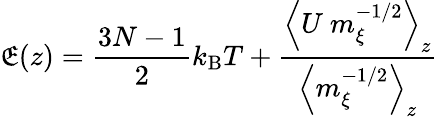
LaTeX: \mathfrak{E}(z)=\frac{{3N-1}}{{2}}k_{\mathrm{{B}}}T+\frac{{\left<U\ m_{\xi}^{-1/2}\right>_{z}}}{{\left<m_{\xi}^{-1/2}\right>_{z}}}